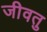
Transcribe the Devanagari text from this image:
जीवतु